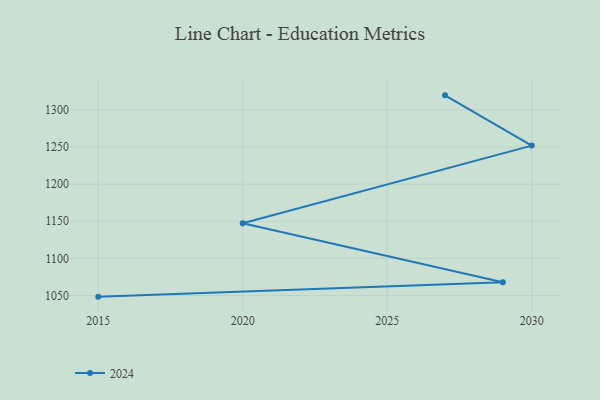
{"axis": {"x": "Year", "y": "Waste Production (Tons)"}, "legend": ["2024"], "data": [{"x": "2027", "y": 1319.6, "type": "2024"}, {"x": "2030", "y": 1251.9, "type": "2024"}, {"x": "2020", "y": 1147.3, "type": "2024"}, {"x": "2029", "y": 1068.0, "type": "2024"}, {"x": "2015", "y": 1048.5, "type": "2024"}]}